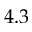
4 . 3